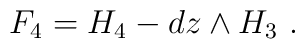
F_4 = H_4 - dz \wedge H_3~.